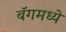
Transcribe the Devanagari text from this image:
बॅगमध्ये